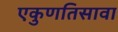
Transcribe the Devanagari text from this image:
एकुणतिसावा